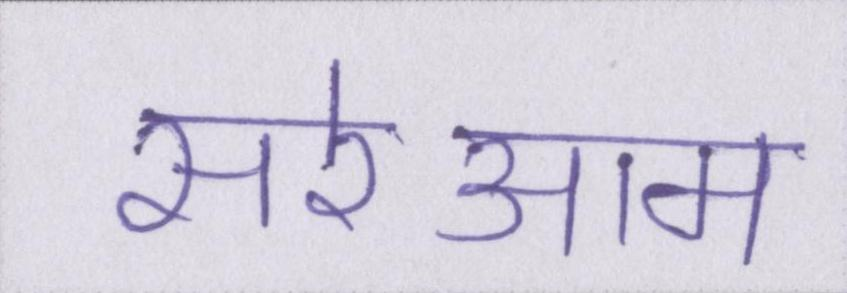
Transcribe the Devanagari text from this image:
सरेआम